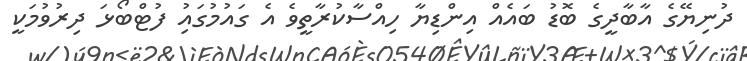
ދުނިޔޭގެ އާބާދީގެ ބޮޑު ބައެއް އިންޑިޔާ ހިއްސާކުރާތީވެ އެ ގައުމުގައިު ފުޓްބޯޅަ ދިރުވުމަކީ